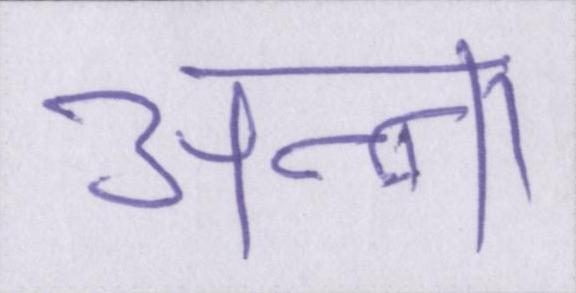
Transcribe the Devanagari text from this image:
अन्ना